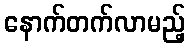
နောက်တက်လာမည့်